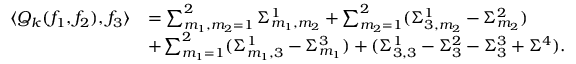
\begin{array} { r l } { \langle Q _ { k } ( f _ { 1 } , f _ { 2 } ) , f _ { 3 } \rangle } & { = \sum _ { m _ { 1 } , m _ { 2 } = 1 } ^ { 2 } \Sigma _ { m _ { 1 } , m _ { 2 } } ^ { 1 } + \sum _ { m _ { 2 } = 1 } ^ { 2 } ( \Sigma _ { 3 , m _ { 2 } } ^ { 1 } - \Sigma _ { m _ { 2 } } ^ { 2 } ) } \\ & { + \sum _ { m _ { 1 } = 1 } ^ { 2 } ( \Sigma _ { m _ { 1 } , 3 } ^ { 1 } - \Sigma _ { m _ { 1 } } ^ { 3 } ) + ( \Sigma _ { 3 , 3 } ^ { 1 } - \Sigma _ { 3 } ^ { 2 } - \Sigma _ { 3 } ^ { 3 } + \Sigma ^ { 4 } ) . } \end{array}